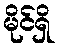
မိုင်ရှိ